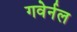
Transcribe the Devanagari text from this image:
गवेर्नल